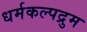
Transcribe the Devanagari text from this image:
धर्मकल्पद्रुम